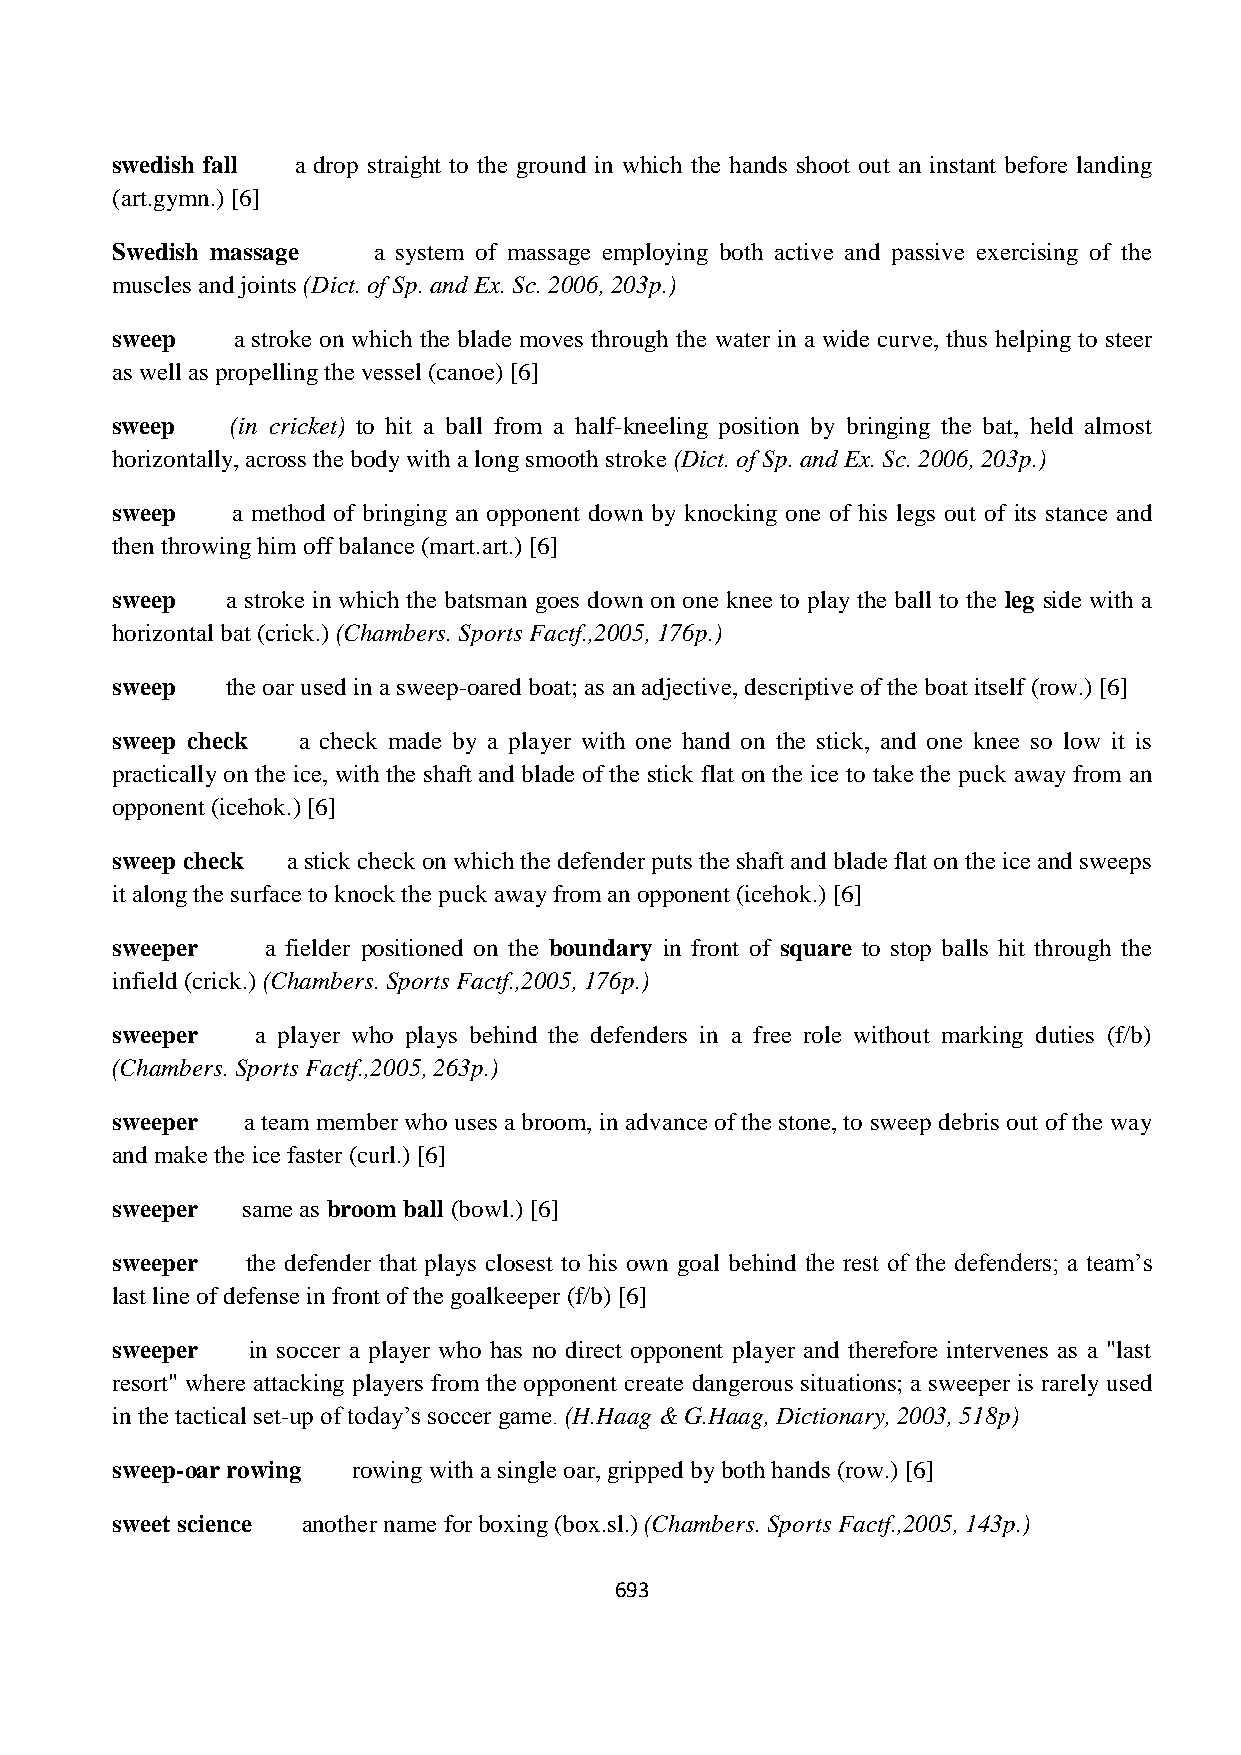
swedish fall a drop straight to the ground in which the hands shoot out an instant before landing
 (art.gymn.) [6]
 Swedish massage   a system of massage employing both active and passive exercising of the
 muscles and joints (Dict. of Sp. and Ex. Sc. 2006, 203p.)
 sweep   a stroke on which the blade moves through the water in a wide curve, thus helping to steer
 as well as propelling the vessel (canoe) [6]
 sweep   (in cricket) to hit a ball from a half-kneeling position by bringing the bat, held almost
 horizontally, across the body with a long smooth stroke (Dict. of Sp. and Ex. Sc. 2006, 203p.)
 sweep   a method of bringing an opponent down by knocking one of his legs out of its stance and
 then throwing him off balance (mart.art.) [6]
 sweep   a stroke in which the batsman goes down on one knee to play the ball to the leg side with a
 horizontal bat (crick.) (Chambers. Sports Factf.,2005, 176p.)
 sweep   the oar used in a sweep-oared boat; as an adjective, descriptive of the boat itself (row.) [6]
 sweep check  a check made by a player with one hand on the stick, and one knee so low it is
 practically on the ice, with the shaft and blade of the stick flat on the ice to take the puck away from an
 opponent (icehok.) [6]
 sweep check a stick check on which the defender puts the shaft and blade flat on the ice and sweeps
 it along the surface to knock the puck away from an opponent (icehok.) [6]
 sweeper    a fielder positioned on the boundary in front of square to stop balls hit through the
 infield (crick.) (Chambers. Sports Factf.,2005, 176p.)
 sweeper   a player who plays behind the defenders in a free role without marking duties (f/b)
 (Chambers. Sports Factf.,2005, 263p.)
 sweeper  a team member who uses a broom, in advance of the stone, to sweep debris out of the way
 and make the ice faster (curl.) [6]
 sweeper  same as broom ball (bowl.) [6]
 sweeper  the defender that plays closest to his own goal behind the rest of the defenders; a team‟s
 last line of defense in front of the goalkeeper (f/b) [6]
 sweeper  in soccer a player who has no direct opponent player and therefore intervenes as a "last
 resort" where attacking players from the opponent create dangerous situations; a sweeper is rarely used
 in the tactical set-up of today‟s soccer game. (H.Haag & G.Haag, Dictionary, 2003, 518p)
 sweep-oar rowing rowing with a single oar, gripped by both hands (row.) [6]
 sweet science another name for boxing (box.sl.) (Chambers. Sports Factf.,2005, 143p.)
 693